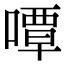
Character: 嘾